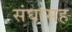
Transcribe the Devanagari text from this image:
संघासह